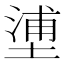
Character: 𡏋